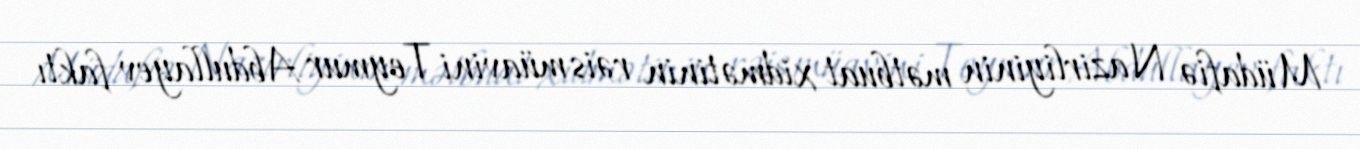
Müdafiə Nazirliyinin mətbuat xidmətinin rəis müavini Teymur Abdullayev faktı